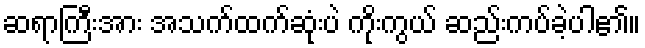
ဆရာကြီးအား အသက်ထက်ဆုံးပဲ ကိုးကွယ် ဆည်းကပ်ခဲ့ပါ၏။